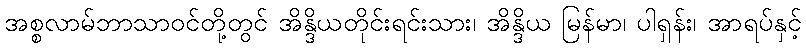
အစ္စလာမ်ဘာသာဝင်တို့တွင် အိန္ဒိယတိုင်းရင်းသား၊ အိန္ဒိယ မြန်မာ၊ ပါရှန်း၊ အာရပ်နှင့်